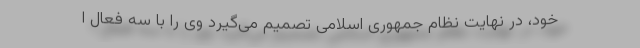
خود، در نهایت نظام جمهوری اسلامی تصمیم می‌گیرد وی را با سه فعال ا